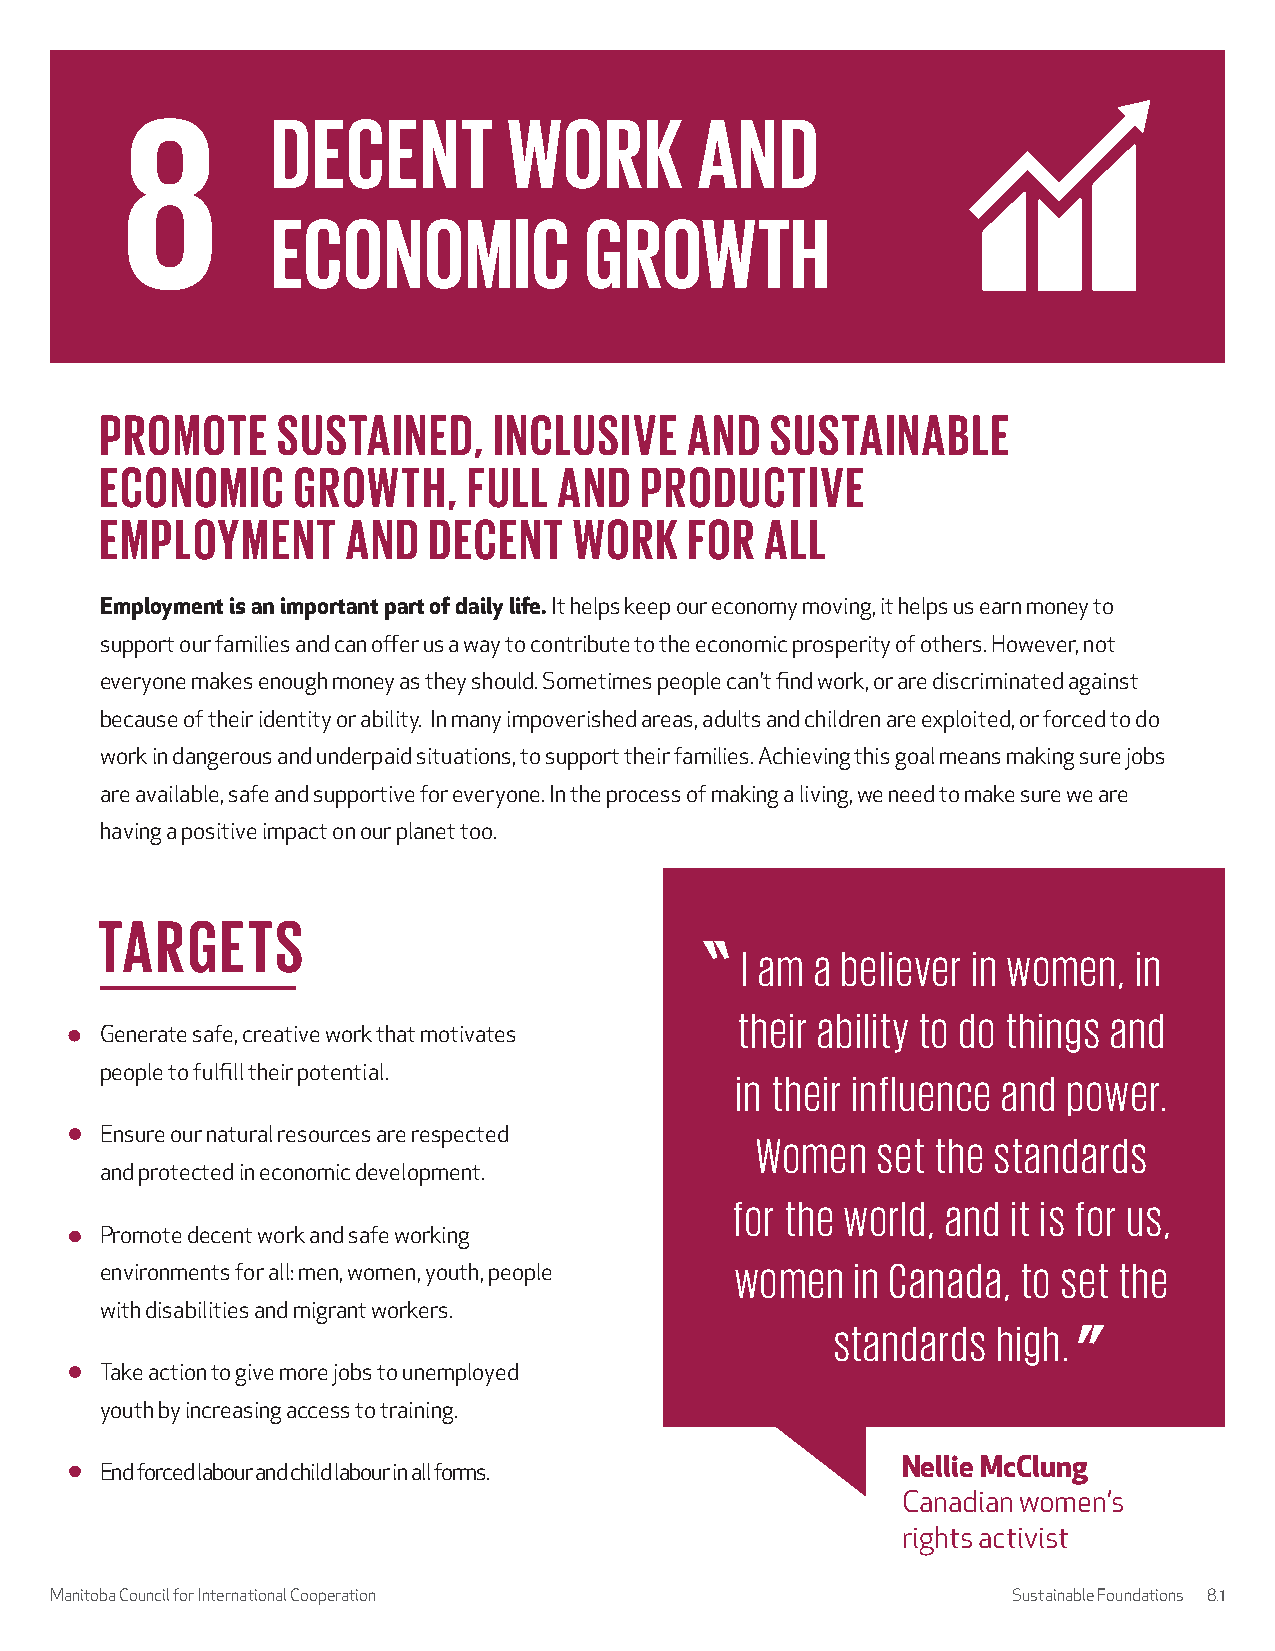
PROMOTE    SUSTAINED,     INCLUSIVE   AND   SUSTAINABLE
 ECONOMIC    GROWTH,     FULL  AND  PRODUCTIVE
 EMPLOYMENT      AND  DECENT    WORK    FOR  ALL
 Employment is an important part of daily life. It helps keep our economy moving, it helps us earn money to
 support our families and can offer us a way to contribute to the economic prosperity of others. However, not
 everyone makes enough money as they should. Sometimes people can’t find work, or are discriminated against
 because of their identity or ability. In many impoverished areas, adults and children are exploited, or forced to do
 work in dangerous and underpaid situations, to support their families. Achieving this goal means making sure jobs
 are available, safe and supportive for everyone. In the process of making a living, we need to make sure we are
 having a positive impact on our planet too.
 TARGETS
 I am a believer in women, in
 their ability to do things and
 Generate safe, creative work that motivates
 people to fulfill their potential.        in their influence and power.
 Ensure our natural resources are respected Women   set the standards
 and protected in economic development.
 for the world, and it is for us,
 Promote decent work and safe working
 women   in Canada, to set the
 environments for all: men, women, youth, people
 with disabilities and migrant workers.
 standards  high.
 Take action to give more jobs to unemployed
 youth by increasing access to training.
 Nellie McClung
 End forced labour and child labour in all forms.
 Canadian women’s
 rights activist
 Manitoba Council for International Cooperation                  Sustainable Foundations 8.1